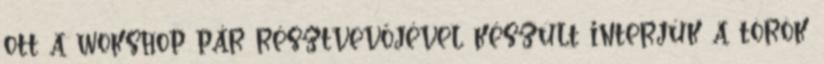
ott a wokshop pár résztvevőjével készült interjúk a török